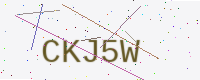
Text: CKJ5W